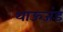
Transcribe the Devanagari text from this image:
थाऊजंड